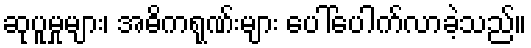
ဆုပူမှုများ၊ အဓိကရုဏ်းများ ပေါ်ပေါက်လာခဲ့သည်။